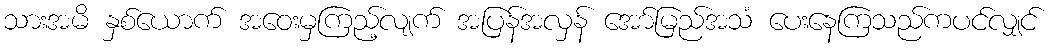
သားအမိ နှစ်ယောက် အဝေးမှကြည့်လျက် အပြန်အလှန် အော်မြည်အသံ ပေးနေကြသည်ကပင်လျှင်